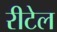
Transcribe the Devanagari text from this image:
रीटेल